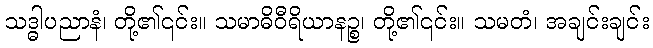
သဒ္ဓါပညာနံ၊ တို့၏၎င်း။ သမာဓိဝီရိယာနဉ္စ၊ တို့၏၎င်း။ သမတံ၊ အချင်းချင်း